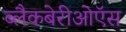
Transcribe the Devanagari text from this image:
ब्लैकबेरीओऍस